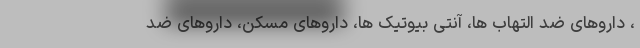
، داروهای ضد التهاب ها، آنتی بیوتیک ها، داروهای مسکن، داروهای ضد